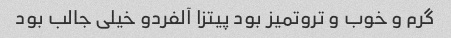
گرم و خوب و تروتمیز بود پیتزا آلفردو خیلی جالب بود